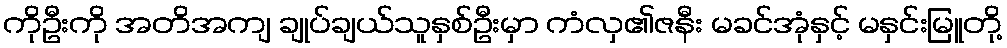
ကိုဦးကို အတိအကျ ချုပ်ချယ်သူနှစ်ဦးမှာ ကံလှ၏ဇနီး မခင်အုံနှင့် မနှင်းမြူတို့